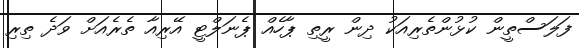
ފަލަސްތީން ކުޅުންތެރިއަކު ދިން ރީތި ޕާހެއް ޕެނަލްޓީ އޭރިއާ ތެރެއަށް ވަދެ ތިރި